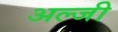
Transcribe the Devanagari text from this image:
अल्जी